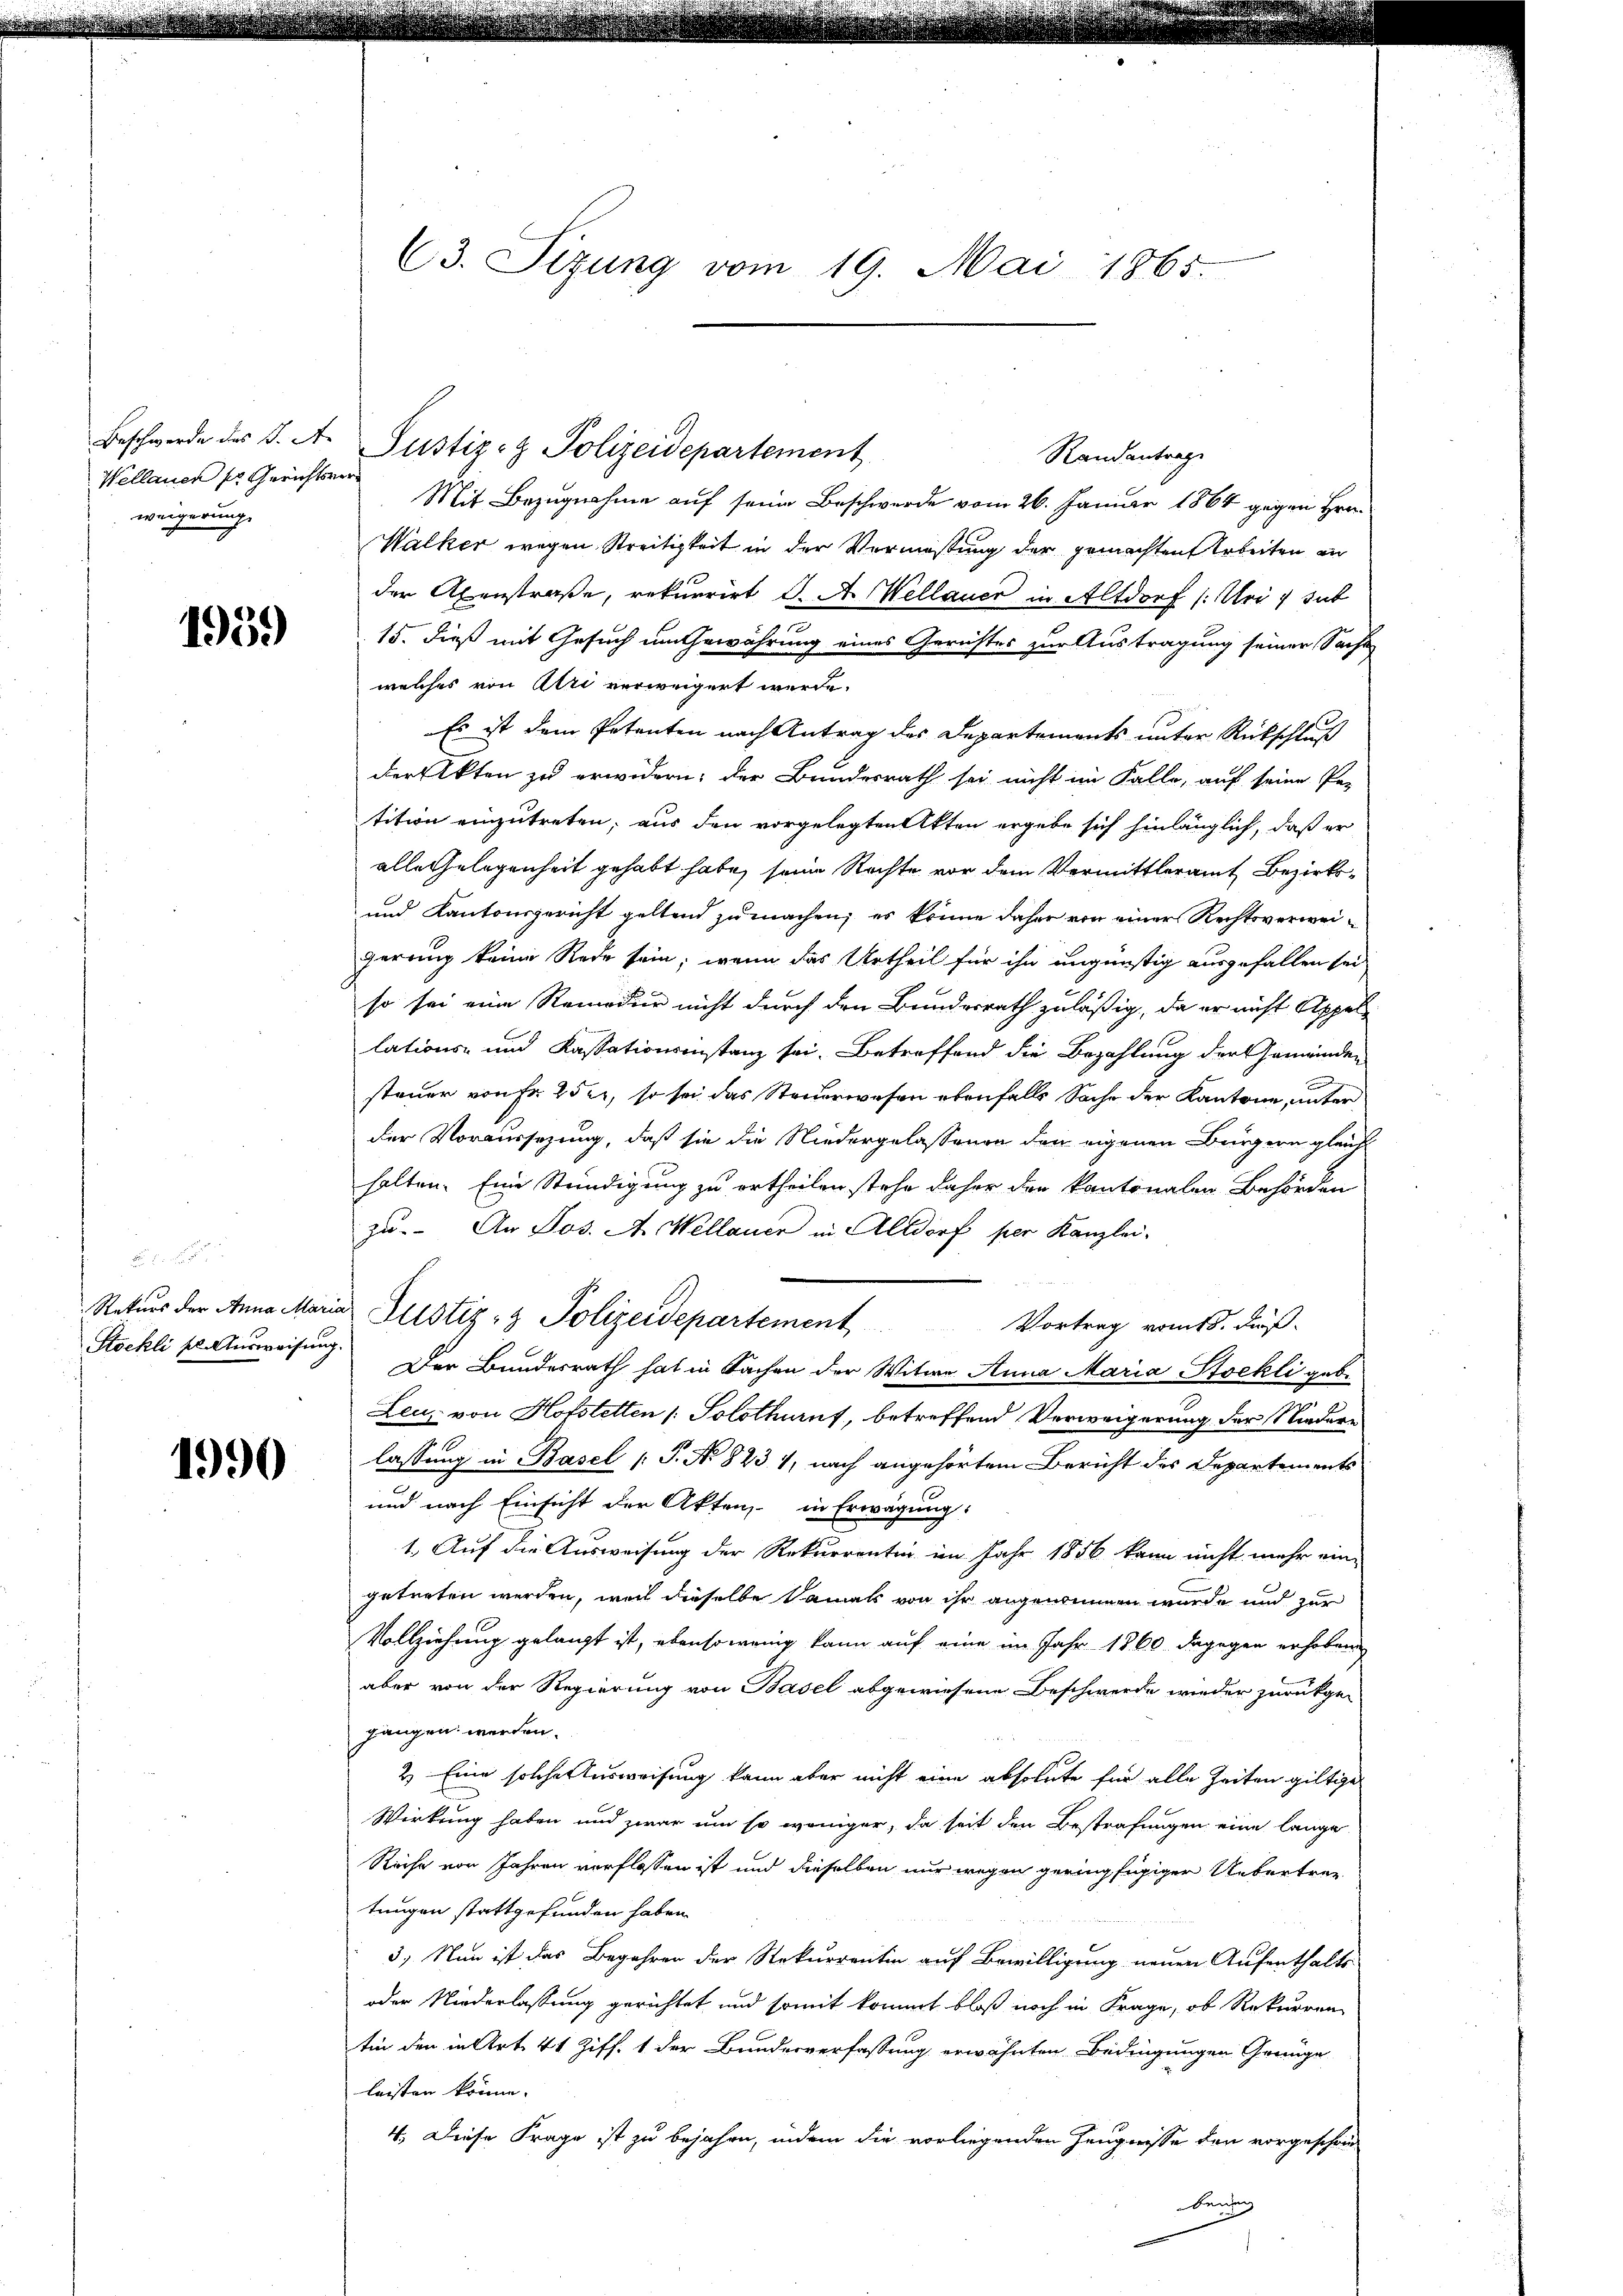
Wellauen pr. Gerichtsver
weigerung.

1959

Stockli pl. Ausweisung.

1990

Beschwerde des K. A. Pustiz- & Polizeidepartement
Randantrage
Mit Bezugnahme auf seine Beschwerde vom 26. Januar 1864 gegen Hrn.
Walker wegen Streitigkeit in der Vermeßung der gemachten Arbeiten an
der Axenstraße, rekurrirt d. A. Wellauer in Altdorf (Uri, sub
15. dieß mit Gesuch im Gewährung eines Gerichtes zur Austragung seiner Sache
welches von Uri verweigert werde.
Es ist dem Petenten nach Antrag des Departements unter Rückschluß
der Akten zu erwidern; der Bundesrath sei nicht im Falle, auf seine Pe-
tition einzutreten, aus den vorgelegten Akten ergebe sich hinlänglich, daß er
alle Gelegenheit gehabt habe, seine Rechte vor dem Vermittleramt Bezirks¬
und Kantonsgericht geltend zu machen, es könne daher von einer Rechtsverweigerung keine Rede sein, wenn das Urtheil für ihn ungünstig ausgefallen sei
so sei eine Remedur nicht durch den Bundesrath zuläßig, da er nicht Appellations- und Kassationsinstanz sei. Betreffend die Bezahlung der Gemeinden
n
steuer von Fr. 252, so sei das Steuerwesen ebenfalls Sache der Kantone, unter
der Voraussezung, daß sie die Niedergelassenen den eigenen Bürgern gleich
halten. Eine Stündigung zu ertheilen stehe daher den kantonalen Behörden
zu. An Jos. A. Wellauer in Altdorf per Kanzlei-
Vortrag vom 18. Fuß.
Der Bundesrath hat in Sachen der Witwe Anna Maria Stockli geb.
Leu von Hofstetten /: Solothurn, betreffend Verweigerung der Niederlassung in Basel (T. No 823 1, nach angehörtem Bericht des Departements
und nach Einsicht der Akten, in Erwägung:
1. Auf die Ausweisung der Rekurrentin im Jahr 1856 kann nicht mehr eine
getreten werden, weil dieselbe Damals von ihr angenommen wurde und zur
Vollziehung gelangt ist, ebensowenig kann auf eine im Jahr 1860 dagegen erhoben
aber von der Regierung von Basel abgewiesene Beschwerde wieder zurückgegangen werden.
2) Eine solche Ausweisung kann aber nicht eine absolute für alle Zeiten giltige
Wirkung haben und zwar um so weniger, da seit den Bestrafungen eine lange
Reihe vor Jahren verflossen ist und dieselben nur wegen geringfügiger Uebertret
tungen stattgefunden haben.
3.) Nun ist das Begehren der Rekurrentin auf Bewilligung neuen Aufenthalts-
oder Niederlassung gerichtet und somit kommt bloß noch in Frage, ob Rekurren
tin den in Art. 41 Ziff. 1 der Bundesverfassung erwähnten Bedingungen Grünge
leisten könne.
4. Diese Frage ist zu bejahen, indem die vorliegenden Zeugnisse den vorgeschon
Bensang

C3. Sizung vom 19. Mai 1865.

Raturs der Anna Maria Justiz- & Polizeidepartement